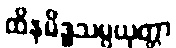
ထိနမိဒ္ဓသမ္ပယုတ္တာ